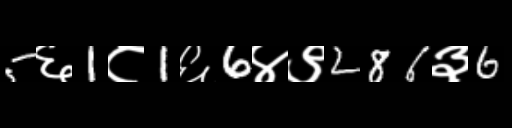
Text: 5६1८1६6४९286३6